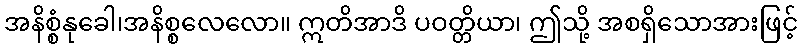
အနိစ္စံနုခေါ၊အနိစ္စလေလော။ ဣတိအာဒိ ပဝတ္တိယာ၊ ဤသို့ အစရှိသောအားဖြင့်